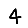
Digit: 4